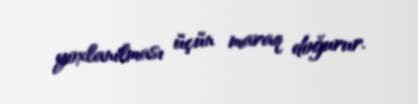
yoxlanılması üçün maraq doğurur.